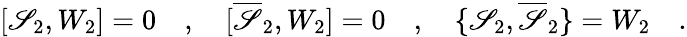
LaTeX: [\mathscr{S}_{2},W_{2}]=0\quad,\quad[\overline{{{{\mathscr{S}}}}}_{2},W_{2}]=0\quad,\quad\{ \mathscr{S}_{2},\overline{{{{\mathscr{S}}}}}_{2}\} =W_{2}\quad.